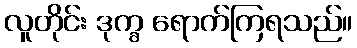
လူတိုင်း ဒုက္ခ ရောက်ကြရသည်။